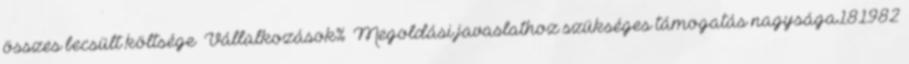
összes becsült költsége ▪Vállalkozások% ▪Megoldási javaslathoz szükséges támogatás nagysága181982